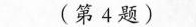
(第4题)